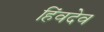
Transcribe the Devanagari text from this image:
हिंवदेव